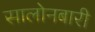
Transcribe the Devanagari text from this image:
सालोनबारी